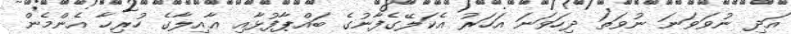
އަދި ނުވަވަނަ ނުވަތަ ދިހަވަނަ އަހަރު އެކަލޭގެފާނުގެ ބައްޕާފުޅާއި ޢާއިލާގެ ހުރިހާ އެންމެން